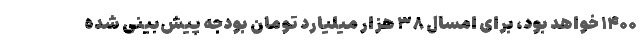
۱۴۰۰ خواهد بود، برای امسال ۳۸ هزار میلیارد تومان بودجه پیش‌بینی شده